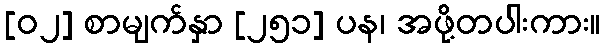
[၀၂] စာမျက်နှာ [၂၅၁] ပန၊ အဖို့တပါးကား။